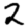
Digit: 2